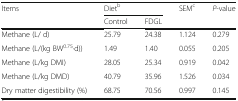
| <ROWSPAN=2> Items | <COLSPAN=2> Dietb | <ROWSPAN=2> SEMc | <ROWSPAN=2> P-value |
 | Control | FDGL |
 | --- | --- | --- | --- | --- |
 | Methane (L/ d) | 25.79 | 24.38 | 1.124 | 0.279 |
 | Methane (L/(kg BW0.75·d)) | 1.49 | 1.40 | 0.055 | 0.205 |
 | Methane (L/kg DMI) | 28.05 | 25.34 | 0.919 | 0.042 |
 | Methane (L/kg DMD) | 40.79 | 35.96 | 1.526 | 0.034 |
 | Dry matter digestibility (%) | 68.75 | 70.56 | 0.997 | 0.145 |